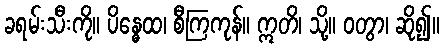
ခရမ်းသီးကို။ ပိန္ဓေထ၊ စီကြကုန်။ ဣတိ၊ သို့။ ဝတွာ၊ ဆို၍။